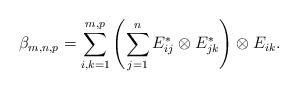
LaTeX: \begin{align*}\beta_{m,n,p}=\sum_{i,k=1}^{m,p} \left(\sum_{j=1}^n E^*_{ij}\otimes E^*_{jk}\right) \otimes E_{ik}.\end{align*}